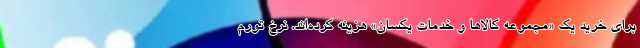
برای خرید یک «مجموعه کالاها و خدمات یکسان» هزینه کرده­‌اند. نرخ تورم